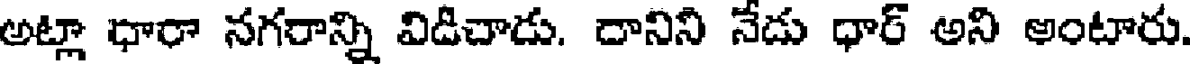
అట్లా ధారా నగరాన్ని విడిచాడు. దానిని నేడు ధార్ అని అంటారు.